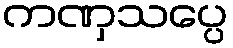
ကဏှသပ္ပေ